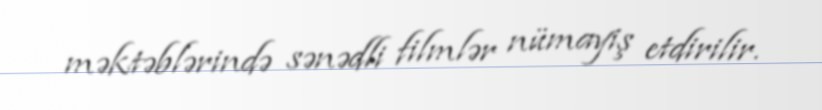
məktəblərində sənədli filmlər nümayiş etdirilir.